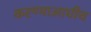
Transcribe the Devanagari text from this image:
करण्याआधीच